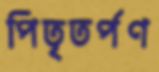
পিতৃতর্পণ